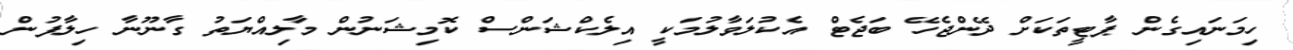
ހިމަނައިގެން ޕާޓީތަކަށް ދޭންޖެހޭ ބަޖެޓް އެކުލަވާލުމަކީ އިލެކްޝަންސް ކޮމިޝަނުން މާލިއްޔަތު ގާނޫނާ ހިލާފުން